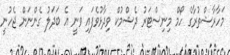
މަހާރާޝްތުރާގެ ހޯމް މިނިސްޓަރު ދެޝްމުކް ވިދާޅުވެފައި ވަނީ އެ ބަދަލު ގެންނަން ޖެހުނީ